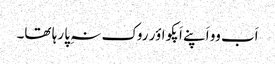
اَب وو اَپنے اَپکو اؤر روک نہِ پا رہا تھا۔